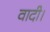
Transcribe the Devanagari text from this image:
वादी।